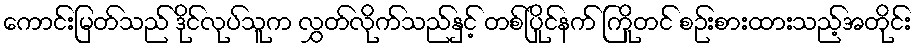
ကောင်းမြတ်သည် ဒိုင်လုပ်သူက လွှတ်လိုက်သည်နှင့် တစ်ပြိုင်နက် ကြိုတင် စဉ်းစားထားသည့်အတိုင်း